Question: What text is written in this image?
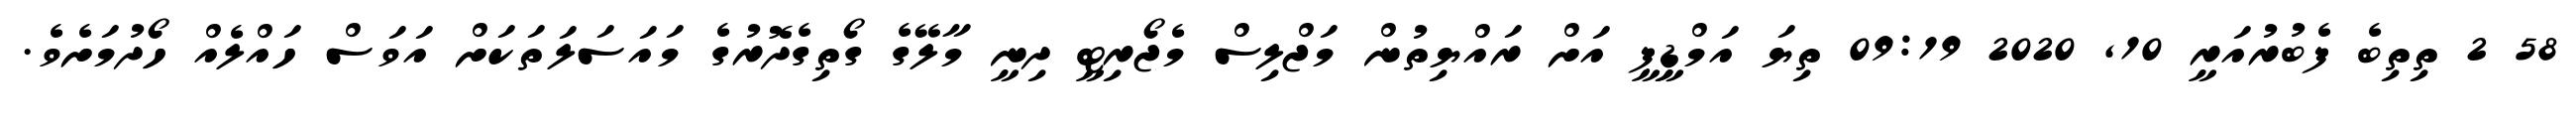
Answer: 58 2 ތިތިބެ ފެބުރުއަރީ 10, 2020 09:19 ތިޔަ އަމްޑިީޕީ އަށް ރައްޔިތުން މަޖްލިސް މެޖޯރިޓީ ދިނީ މާލޭގެ ގޯތިގެދޮރުގެ މައަސަލަތަކަށް އަވަސް ހައްލެއް ހޯދުމަށެވެ.